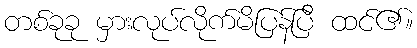
တစ်ခုခု မှားလုပ်လိုက်မိပြန်ပြီ ထင်၏။